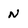
Character: N